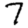
Digit: 7